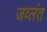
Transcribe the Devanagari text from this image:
जव्लंत